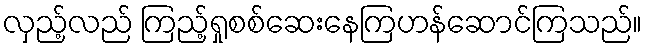
လှည့်လည် ကြည့်ရှုစစ်ဆေးနေကြဟန်ဆောင်ကြသည်။